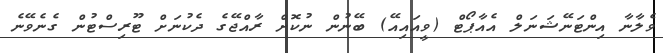
ވެލާނާ އިންޓަނޭޝަނަލް އެއާޕޯޓް (ވީއައިއޭ) ބޭނުން ނުކޮށް ރާއްޖޭގެ ދެކުނަށް ޓޫރިސްޓުން ގެނެވޭނެ